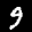
Label: 9